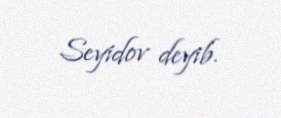
Seyidov deyib.